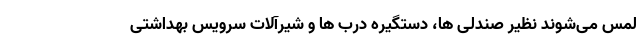
لمس می‌شوند نظیر صندلی ها، دستگیره درب ها و شیرآلات سرویس بهداشتی